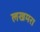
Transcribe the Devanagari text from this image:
लखमरा